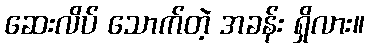
ဆေးလိပ် သောက်တဲ့ အခန်း ရှိလား။